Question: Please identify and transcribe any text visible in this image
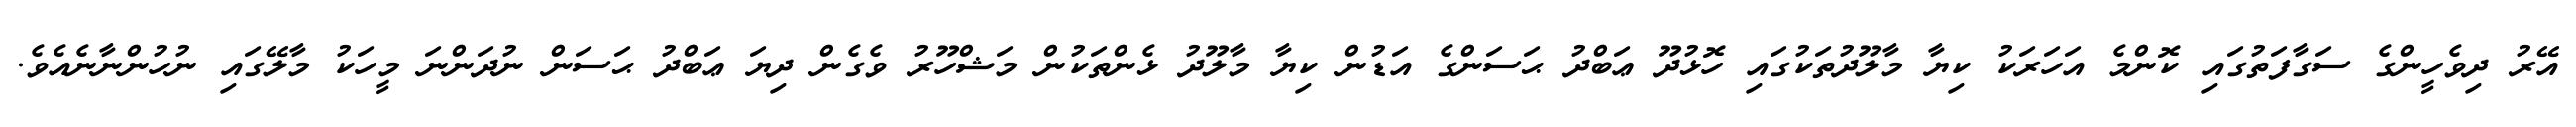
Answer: އޭރު ދިވެހީންގެ ސަގާފަތުގައި ކޮންމެ އަހަރަކު ކިޔާ މާލޫދުތަކުގައި ހޮޅުދޫ ޢަބްދު ޙަސަންގެ އަޑުން ކިޔާ މާލޫދު ޅެންތަކުން މަޝްހޫރު ވެގެން ދިޔަ ޢަބްދު ޙަސަން ނުދަންނަ މީހަކު މާލޭގައި ނުހުންނާނެއެވެ.